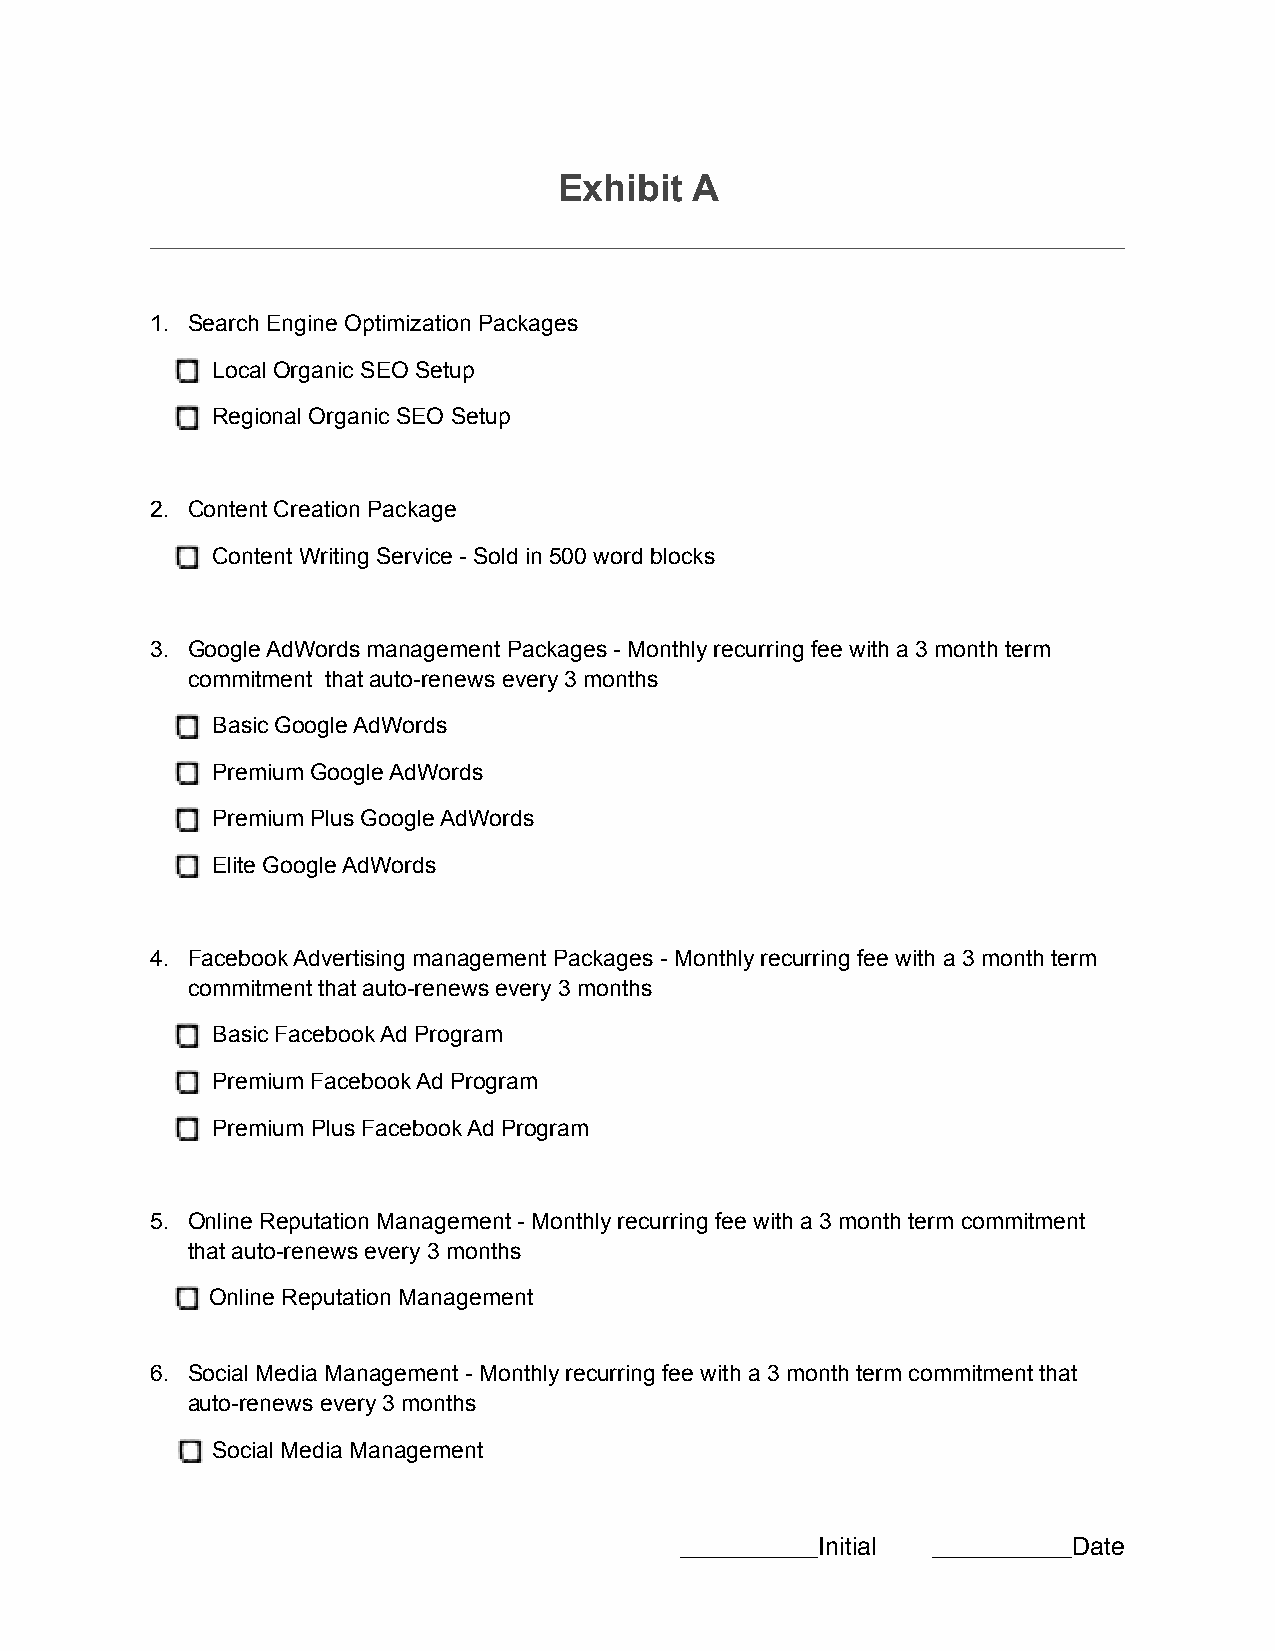
Exhibit  A
 1. Search Engine Optimization Packages
 Local Organic SEO Setup
 Regional Organic SEO Setup
 2. Content Creation Package
 Content Writing Service - Sold in 500 word blocks
 3. Google AdWords management Packages - Monthly recurring fee with a 3 month term
 commitment that auto-renews every 3 months
 Basic Google AdWords
 Premium Google AdWords
 Premium Plus Google AdWords
 Elite Google AdWords
 4. Facebook Advertising management Packages - Monthly recurring fee with a 3 month term
 commitment that auto-renews every 3 months
 Basic Facebook Ad Program
 Premium Facebook Ad Program
 Premium Plus Facebook Ad Program
 5. Online Reputation Management - Monthly recurring fee with a 3 month term commitment
 that auto-renews every 3 months
 Online Reputation Management
 6. Social Media Management - Monthly recurring fee with a 3 month term commitment that
 auto-renews every 3 months
 Social Media Management
 __________Initial __________Date